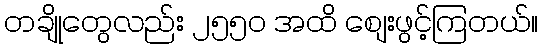
တချိုတွေလည်း ၂၅၅၀ အထိ စျေးဖွင့်ကြတယ်။